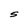
Character: S